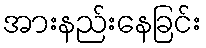
အားနည်းနေခြင်း